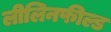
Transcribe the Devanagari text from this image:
लीलिनफील्ड